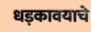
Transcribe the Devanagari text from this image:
धड़कावयाचे